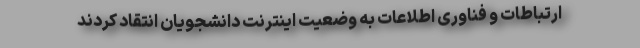
ارتباطات و فناوری اطلاعات به وضعیت اینترنت دانشجویان انتقاد کردند